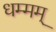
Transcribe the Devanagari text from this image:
धम्मम्